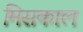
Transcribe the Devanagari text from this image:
मिसकाल